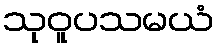
သုဝူပသမယံ